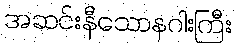
အဆင်းနီသောနဂါးကြီး